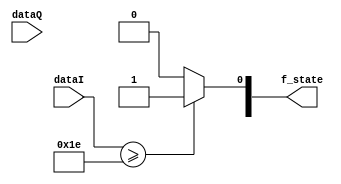
module faze_det(
    dataI,
    dataQ,
    f_state
    );

input [7:0] dataI;
input [7:0] dataQ;
output reg [1:0] f_state;

always
    if (dataI >= 30) begin
        f_state[0] <= 1;
    end
    else
        f_state[0] <= 0;
endmodule